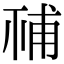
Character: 𥙳